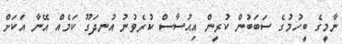
ނާމީގެ ބީހުމުގެ ސަބަބުން ކުރީން އިޙުސާސް ކުރެވުނު އުނދަގޫ ކަމެއް އޭނާ އަކަށް